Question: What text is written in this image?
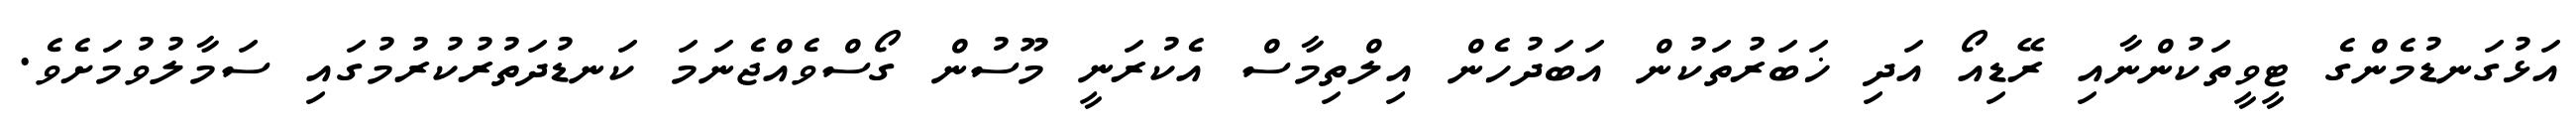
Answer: އަޅުގަނޑުމެންގެ ޓީވީތަކުންނާއި ރޭޑިއޯ އަދި ޚަބަރުތަކުން އަބަދުހެން އިލްތިމާސް އެކުރަނީ މޫސުން ގޯސްވެއްޖެނަމަ ކަނޑުދަތުރުކުރުމުގައި ސަމާލުވުމަށެވެ.